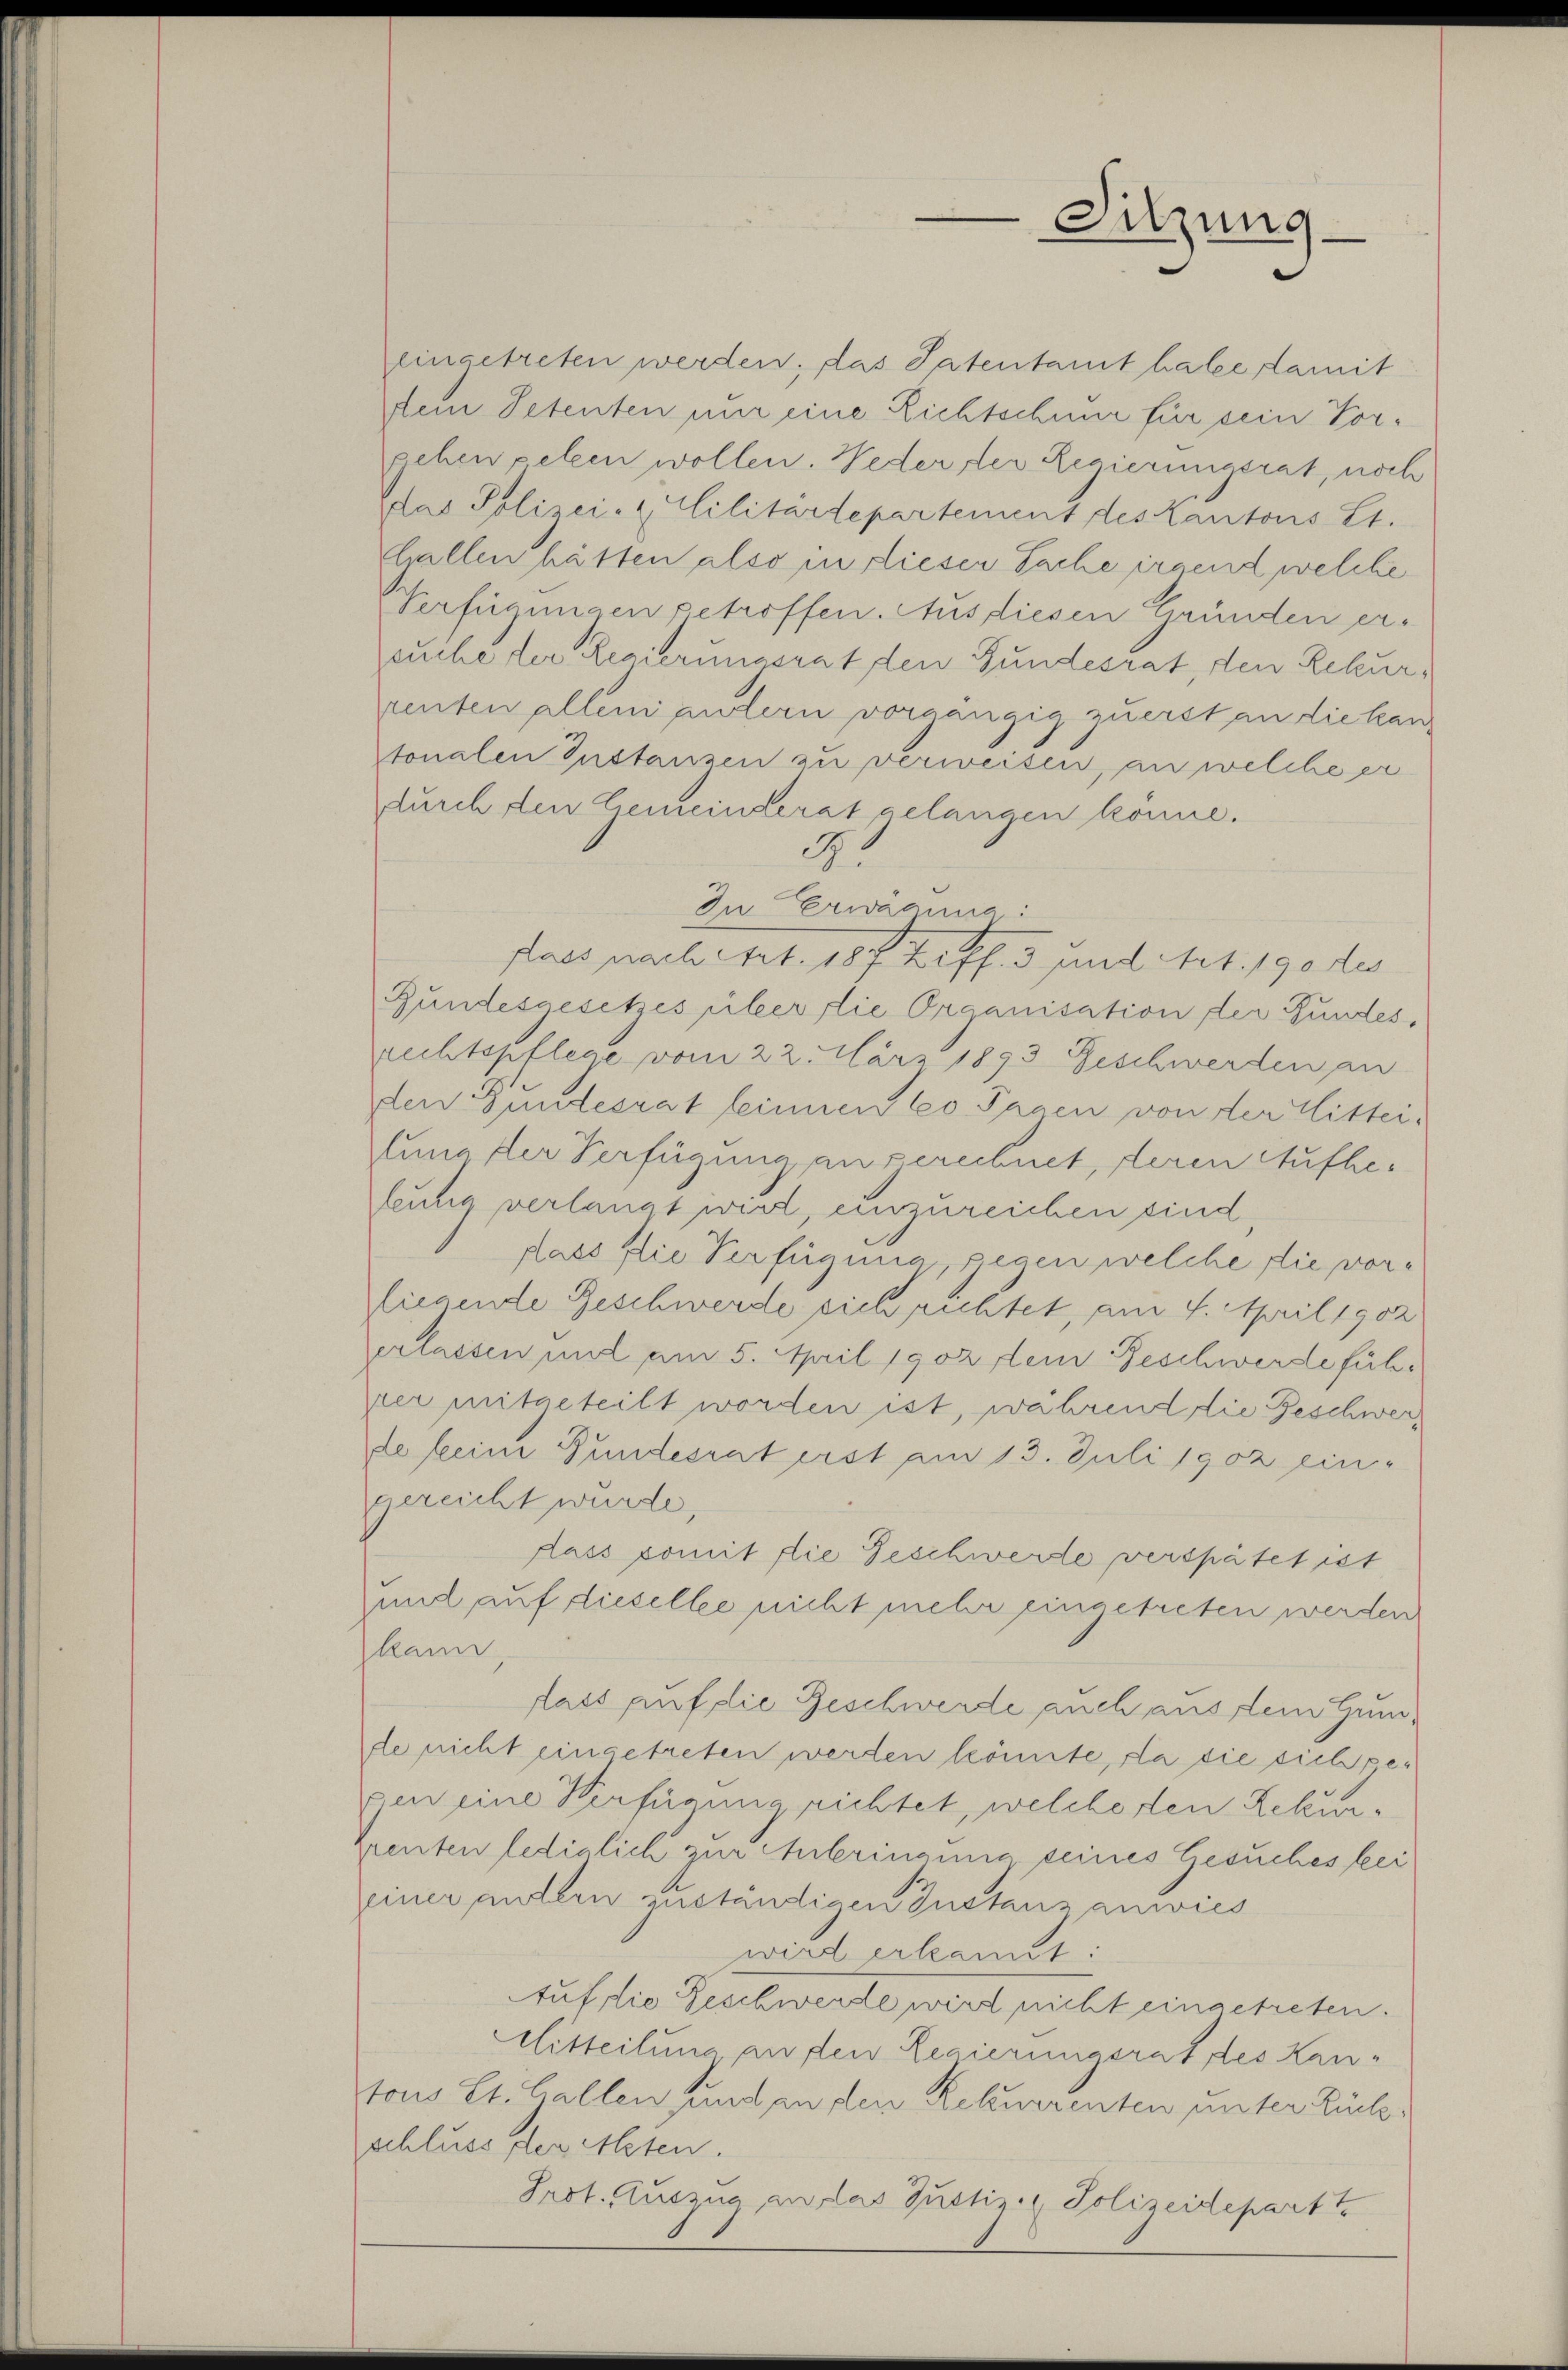
eingetreten werden; das Patentamt habe damit
Dein Petenten nur eine Lichtschnur für sein Vorgehen gelen wollen. Weder, der Regierungsrat, noch
das Polizei- & Cilitartepartement des Kantons Lt.
Gallen hätten also in dieser Sache irgend, welche
Verfügungen getroffen. Aus diesen gründen erpruche der Regierungsrat den Gundesrat, den Rekurprenten allen untern vorgängig zuerst an die kan
tonalen Instanzen zu verweisen, an welche er
durch den Gemeinderat gelangen könne.
G.
In Erwägung:
dass mater tit. 187 treff. 3 und Art. 190 des
Gundesgesetzes über die Organisation der Fundes,
rechtspflege vom 22. März 1893 Geschwerden an
den Gundesrat leinen 60 Pagen von der Wittei-
lung der Verfügung an gerechnet, deren Aufheteung verlangt wird, einzureichen sind
dass die Verfügung, gegen welche die vorfiegende Geschwerde sich richtet, am 4. April 1902
zerlassen mit am 5. April 1902 dem Beschwerdefühper mitgeteilt worden ist, während die Geschwerde heim Bundesrat erst am 13. Juli 1902 ein-
gereicht wurde,
Lass somit die Geschwerde verspätet ist
und auf dieselbe nicht mehr eingetreten werden
kann,
fass auf die Geschwerde auch aus dem Gumde nicht eingetreten werden könnte, da die sich pegen eine Verfügung richtet, welcheren Rekur¬
Prenten lediglich zur Anbringung seines Gesuches fei
jeiner andern zuständigen Instanz anwies
wird erkannt:
Auf die Geschwerde wird nicht eingetreten.
Mitteilung an den Regierungsrat des Kantons St. Gallen und an den Rekurrenten unter Rückschluss der Asten.
Prot. Auszug an das Justiz- & Polizeidepartte

Sitzung